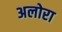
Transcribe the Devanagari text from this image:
अलोरा